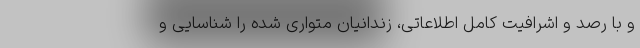
و با رصد و اشرافیت کامل اطلاعاتی، زندانیان متواری شده را شناسایی و